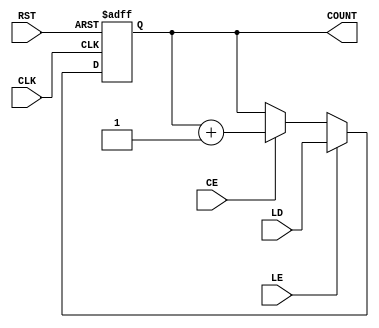
module loadable_counter #(
    parameter WIDTH = 8  // Parameter to define the width of the counter
)(
    input wire CLK,         // Clock input
    input wire RST,         // Reset input
    input wire CE,          // Count Enable input
    input wire LE,          // Load Enable input
    input wire [WIDTH-1:0] LD, // Load value input
    output reg [WIDTH-1:0] COUNT // Current count output
);

    // Always block triggered on rising edge of CLK
    always @(posedge CLK or posedge RST) begin
        if (RST) begin
            // Reset the counter to zero
            COUNT <= 0;
        end else if (LE) begin
            // Load the specified value
            COUNT <= LD;
        end else if (CE) begin
            // Increment the counter
            COUNT <= COUNT + 1;
        end
    end

endmodule